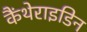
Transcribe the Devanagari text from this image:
कैंथेराइडिन